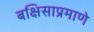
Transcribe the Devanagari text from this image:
बक्षिसाप्रमाणे